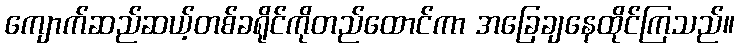
ကျောက်ဆည်ဆယ့်တစ်ခရိုင်ကိုတည်ထောင်ကာ အခြေချနေထိုင်ကြသည်။